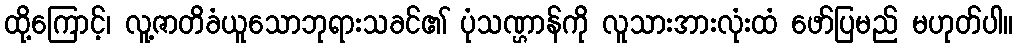
ထို့ကြောင့်၊ လူ့ဇာတိခံယူသောဘုရားသခင်၏ ပုံသဏ္ဌာန်ကို လူသားအားလုံးထံ ဖော်ပြမည် မဟုတ်ပါ။